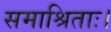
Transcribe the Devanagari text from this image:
समाश्रिताः।